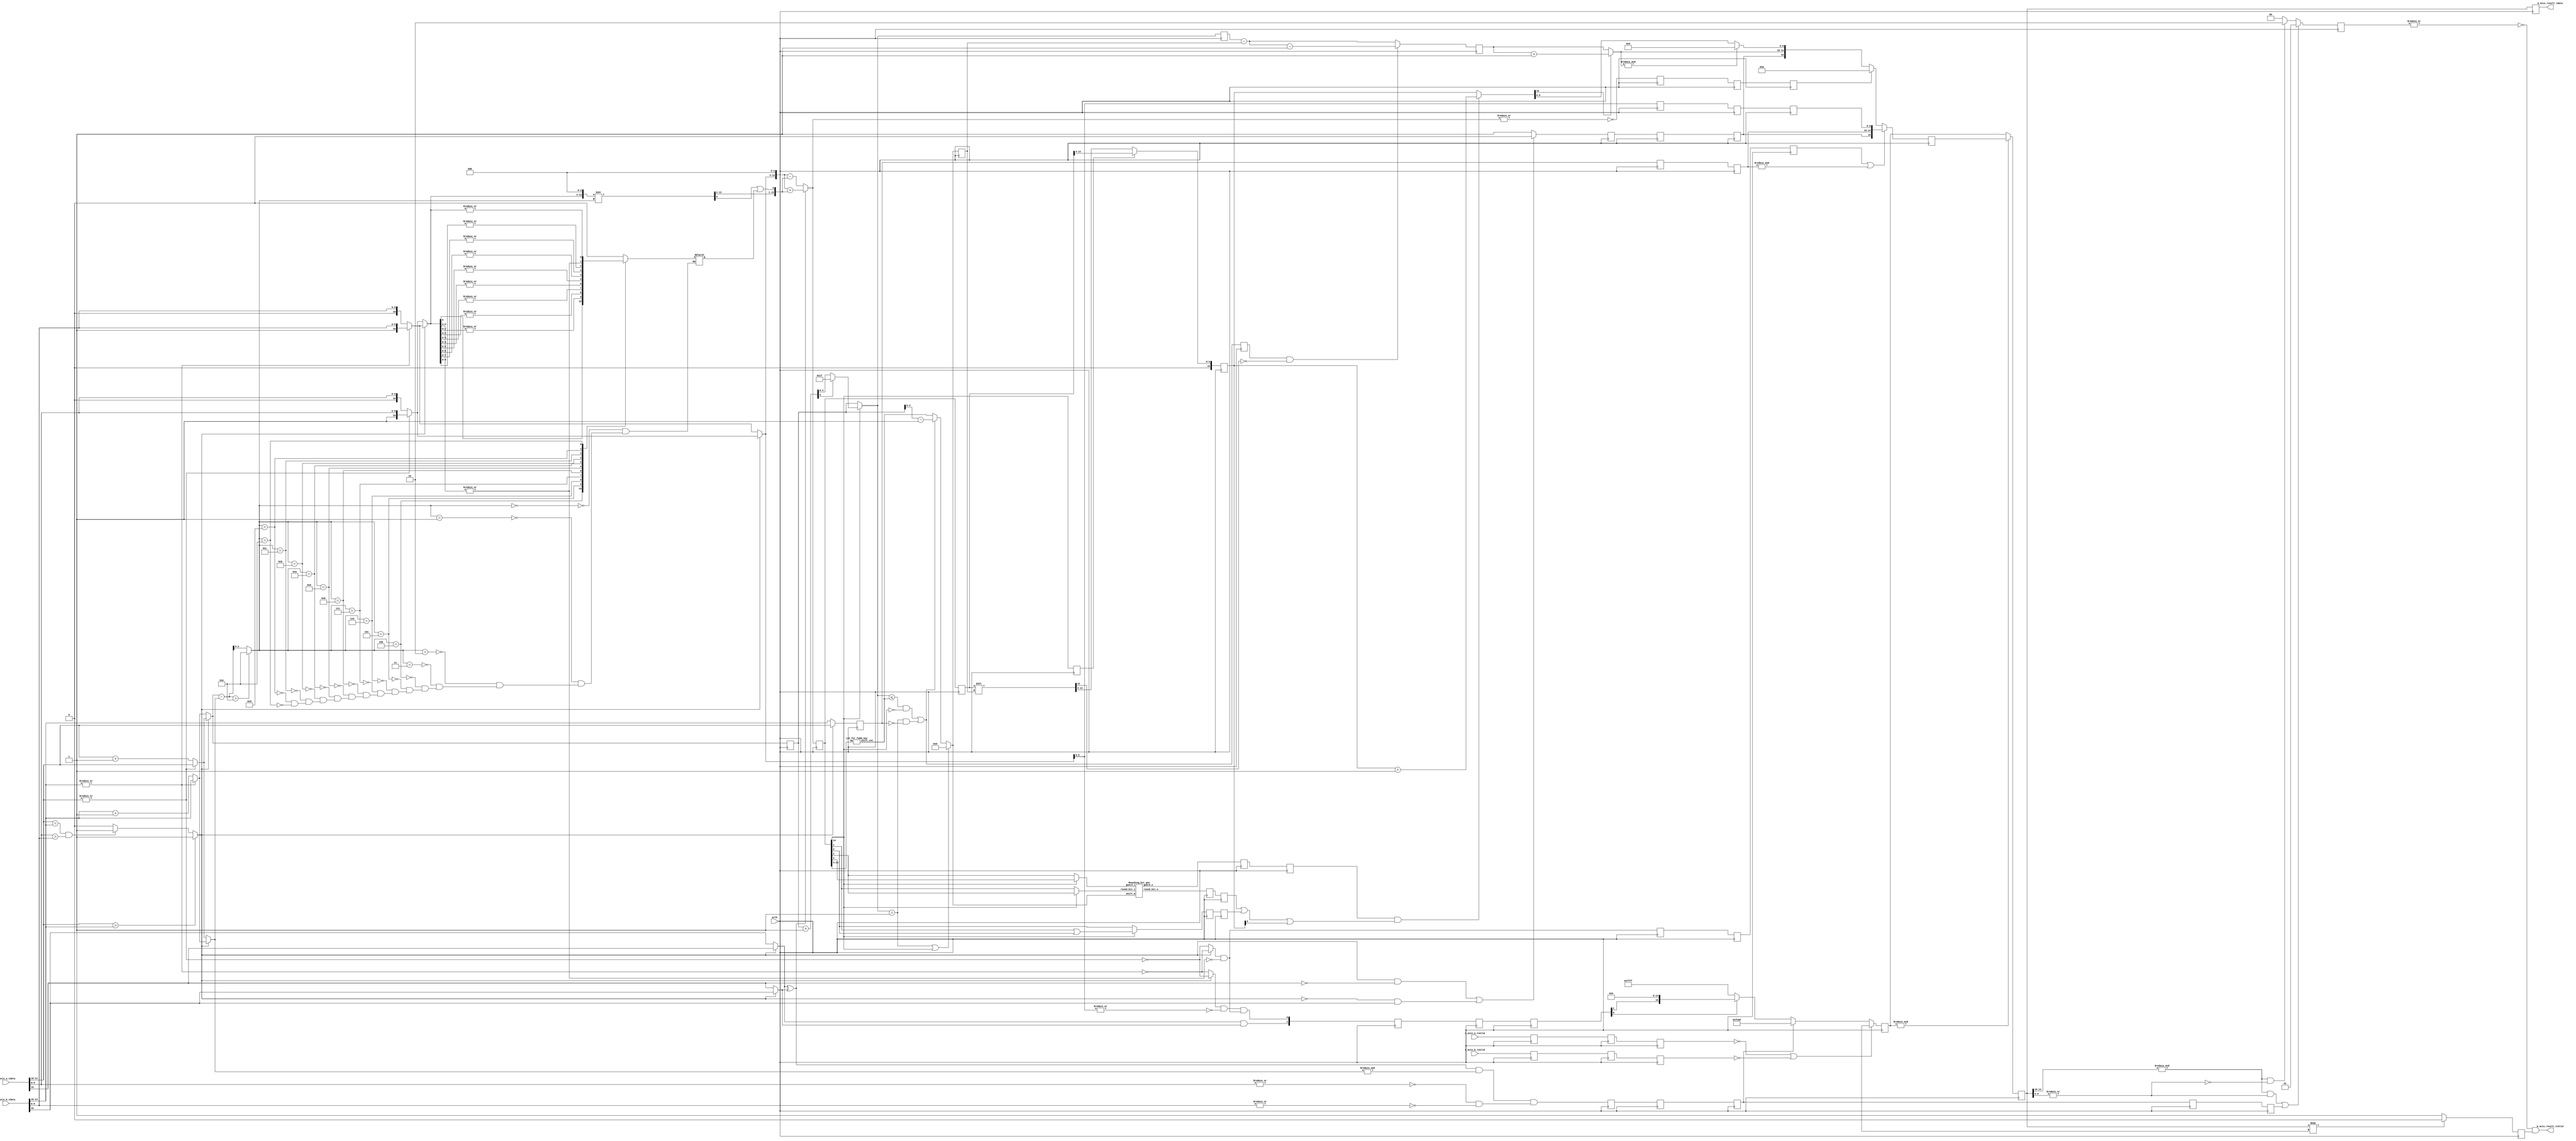
//////////////////////////////////////////////////////////////////////////////////
// Company: 
// 
// Design Name: 
// Module Name: fpu_add
// Project Name: FPU_16
// Target Devices: KCU105
// Tool Versions: 
// Description: 
// 
// Dependencies: 
// 
// Revision:
// Revision 1.01 - File Created
// Additional Comments:
// 
//////////////////////////////////////////////////////////////////////////////////
module fpu_sub_pipe(
    input aclk,
    input [15:0] s_axis_a_tdata,               // input 16-bit float A
    input [15:0] s_axis_b_tdata,               // input 16-bit float B
    input s_axis_a_tvalid,
    input s_axis_b_tvalid,
    output reg [15:0] m_axis_result_tdata,              // output 16-bit float m_axis_result_tdata
    output  m_axis_result_tvalid
    // output reg [1:0] error_num,         // flag to show result non-number, 1 for INF \2 for NAN
    // output reg subnormal_num           // flag to show result subnormal
    );


    // for output check
    reg is_ready_out;
    reg [1:0] error_num;

    // 1-stage pipeline
    reg [14:0] sum_raw_1;
    reg sum_raw_zero_1;
    reg [4:0] l_e_1;
    reg [4:0] l_e_0_1;
    reg [10:0] l_m_1; 
    reg f_s_1;
    reg l_s_1;
    reg is_valid_ain_1, is_valid_bin_1;
    reg [15:0] opa_1, opb_1;
    reg s_zero_1;
    reg [1:0] ls_zero_1;
    reg pos_add_neg_inf_1;

    // 2-stage pipeline
    reg guard_2;
    reg round_bit_2;
    reg sticky_2;
    reg [14:0] sum_raw_2;
    reg sum_raw_zero_2;
    reg [4:0] sum_e_0_2;
    reg [3:0] shift_m_2;
    reg e_subnormal_2;
    reg normalize_flag_2;
    reg [4:0] l_e_0_2;
    reg f_s_2;
    reg l_s_2;
    reg [4:0] l_e_2;
    reg [10:0] l_m_2; 
    reg is_valid_ain_2, is_valid_bin_2;
    reg [15:0] opa_2, opb_2;
    reg s_zero_2;
    reg [1:0] ls_zero_2;
    reg pos_add_neg_inf_2;

    // 3-stage pipeline
    reg guard_3;
    reg round_bit_3;
    reg sticky_3;
    reg [10:0] sum_normalize_3;
    reg [4:0] sum_e_3;
    reg f_s_3;
    reg l_s_3;
    reg [4:0] l_e_0_3;
    reg [10:0] l_m_3; 
    // reg [14:0] sum_raw_3;
    reg sum_raw_zero_3;
    reg is_valid_ain_3, is_valid_bin_3;
    reg [15:0] opa_3, opb_3;
    reg s_zero_3;
    reg [1:0] ls_zero_3;
    reg pos_add_neg_inf_3;

    // ===================================
    // distribute sign/exponent/mantissa
    wire opa_s;
    wire opb_s;
    wire [4:0] opa_e;
    wire [4:0] opb_e;
    wire [4:0] opa_e_s;
    wire [4:0] opb_e_s;
    wire [10:0] opa_m;
    wire [10:0] opb_m;
    wire subnormal_a;
    wire subnormal_b;
    wire is_valid_ain_0;
    wire is_valid_bin_0;
    wire [15:0] opa_0;
    wire [15:0] opb_0;

    assign opa_s = s_axis_a_tdata[15];
    assign opb_s = s_axis_b_tdata[15];
    // check subnormal number
    assign subnormal_a = ~(|opa_e);
    assign subnormal_b = ~(|opb_e);
    assign opa_e = s_axis_a_tdata[14:10];
    assign opb_e = s_axis_b_tdata[14:10];
    assign opa_e_s = subnormal_a ? opa_e + 1 : opa_e;
    assign opb_e_s = subnormal_b ? opb_e + 1 : opb_e;
    assign opa_m = subnormal_a ? {1'b0, s_axis_a_tdata[9:0]} : {1'b1, s_axis_a_tdata[9:0]};
    assign opb_m = subnormal_b ? {1'b0, s_axis_b_tdata[9:0]} : {1'b1, s_axis_b_tdata[9:0]};
    assign is_valid_ain_0 = s_axis_a_tvalid;
    assign is_valid_bin_0 = s_axis_b_tvalid;
    assign opa_0 = s_axis_a_tdata;
    assign opb_0 = s_axis_b_tdata;

    // find s_axis_a_tdata large than s_axis_b_tdata
    wire opa_lt_opb = (opa_e > opb_e) ? 1 : ((opa_e == opb_e) && (s_axis_a_tdata[9:0] > s_axis_b_tdata[9:0])) ? 1 : 0;
    
    wire f_s = ((opa_lt_opb && ~opa_s) || (~opa_lt_opb && opb_s)) ? 0 : 1; 
    wire l_s = opa_lt_opb ? opa_s : opb_s;
    wire s_s = opa_lt_opb ? opb_s : opa_s;
    wire l_subnormal = opa_lt_opb ? subnormal_a : subnormal_b;
    wire s_subnormal = opa_lt_opb ? subnormal_b : subnormal_a;
    wire [4:0] l_e_0 = opa_lt_opb ? opa_e : opb_e;
    wire [4:0] s_e_0 = opa_lt_opb ? opb_e : opa_e;
    wire [4:0] l_e = opa_lt_opb ? opa_e_s : opb_e_s;
    wire [4:0] s_e = opa_lt_opb ? opb_e_s : opa_e_s;
    wire [10:0] l_m = opa_lt_opb ? opa_m : opb_m;
    wire [10:0] s_m = opa_lt_opb ? opb_m : opa_m;
    wire s_zero = s_subnormal && ~(|s_m[9:0]);
    wire [1:0] ls_zero = { l_s && s_s, (l_subnormal && ~(|l_m[9:0])) && s_zero };
    wire pos_add_neg_inf = (l_s ^ s_s) && (&s_e) && (~(|s_axis_a_tdata[9:0])&&~(|s_axis_b_tdata[9:0])); 

    wire [4:0] diff = l_e - s_e;
    wire [3:0] diff_e = diff > 4'd14 ? 4'd14 : diff;

    wire [13:0] s_m_shift_0 = {s_m, 3'b0};

    // sticky portion obtain
    reg sticky;
    always@(*)begin
        case(diff_e)
        00: sticky = 1'b0;
        01: sticky = s_m_shift_0[0];
        02: sticky = |s_m_shift_0[01:0];
        03: sticky = |s_m_shift_0[02:0];
        04: sticky = |s_m_shift_0[03:0];
        05: sticky = |s_m_shift_0[04:0];
        06: sticky = |s_m_shift_0[05:0];
        07: sticky = |s_m_shift_0[06:0];
        08: sticky = |s_m_shift_0[07:0];
        09: sticky = |s_m_shift_0[08:0];
        10: sticky = |s_m_shift_0[09:0];
        11: sticky = |s_m_shift_0[10:0];
        12: sticky = |s_m_shift_0[11:0];
        13: sticky = |s_m_shift_0[12:0];
        14: sticky = |s_m_shift_0[13:0];
        endcase
    end

    wire [13:0] s_m_shift_1 = s_m_shift_0 >> diff_e;
    wire [13:0] s_m_shift = {s_m_shift_1[13:1], s_m_shift_1[0] | sticky};

    // whether add or sub, for 0\1 in sign bit
    wire sub_add_flag = s_s ^ l_s;

    wire [13:0] l_m_longer = {l_m, 3'b0};

    wire [14:0] sum_raw = sub_add_flag ? l_m_longer + s_m_shift : l_m_longer - s_m_shift;
    wire sum_raw_zero = ~(|sum_raw);
    // 1-stage pipeline
    // =======================================================================================
    wire normalize_flag = sum_raw_1[14];

    wire [5:0] e_right_shift = l_e_1 + 1;   
    wire [4:0] sum_e_right = e_right_shift[5] ? 5'b11111 : e_right_shift[4:0];
    wire [4:0] sum_e_0 = normalize_flag ? sum_e_right : l_e_1; 
    wire [10:0] sum_for_normalize = normalize_flag ? sum_raw_1[13:4] : sum_raw_1[12:3];
    
    // left normalization
    wire [3:0] shift_m_0;
    LZC_for_fadd_new U0_shift_module(sum_raw_1[13:3], shift_m_0);
    
    // original rounding bits
    wire guard_0 = normalize_flag ? sum_raw_1[3] : sum_raw_1[2];
    wire round_bit_0 = normalize_flag ? sum_raw_1[2] : sum_raw_1[1];
    wire sticky_n_0 = normalize_flag ? (sum_raw_1[1] | sum_raw_1[0]) : sum_raw_1[0];
    
    // check first time subnormal result
    wire e_subnormal = (sum_e_0 <= shift_m_0 && ~normalize_flag) || (sum_e_0==1 && l_e_0_1==0);
    wire [3:0] shift_m = (sum_e_0 == 1 || normalize_flag) ? 0 : 
                        e_subnormal ? l_e_1 - 1 : shift_m_0;

    // obtain final rounding bits    
    wire guard;
    wire round_bit;
    Rounding_bit_gen U0_rounding_module(shift_m, guard_0, round_bit_0, guard, round_bit);

    // 2-stage pipeline
    // ====================================================================================== 
    wire [14:0] sum_normalize_00 = sum_raw_2 << shift_m_2;
    wire [10:0] sum_normalize_0 = normalize_flag_2 ? sum_raw_2[13:4] : sum_normalize_00[12:3];
    wire [4:0] sum_e = (e_subnormal_2 && ~sum_normalize_00[13])? sum_e_0_2 - shift_m_2 - 1 : sum_e_0_2 - shift_m_2;

    // =======================================================================================
    // 3-stage pipeline
    // final calculation
    wire [10:0] sum_m = (guard_3 && (round_bit_3 | sticky_3 | sum_normalize_3[0])) ? sum_normalize_3 + 1 :
                                                                                sum_normalize_3;
    wire [4:0] sum_e_f = sum_m[10] ? sum_e_3 + 1 : sum_e_3;

    reg [15:0] sum_f;
    reg [15:0] sum_ff;
    reg [4:0] sum_e_ff;
    reg pos_add_neg_inf_ff;
    always@(posedge aclk)begin
        sum_f <= (~is_valid_ain_3 | ~is_valid_bin_3) ? 16'bx:
            pos_add_neg_inf_3 ? 16'hfe00 :
            ls_zero_3[0] ? {ls_zero_3[1], 15'b0} : 16'hffff;
        sum_ff <= s_zero_3 | (&l_e_0_3) ? {f_s_3, l_e_0_3, l_m_3[9:0]} : 
            sum_raw_zero_3 ? 16'b0 :
            &sum_e_f ? {f_s_3, sum_e_f, 10'b0} : {f_s_3, sum_e_f, sum_m[9:0]};     
        sum_e_ff <= sum_e_f;   
        pos_add_neg_inf_ff <= pos_add_neg_inf_3;
    end
    
    // =======================================================================
    reg [15:0] sum_fff;
    reg [15:0] sum_e_fff;
    reg pos_add_neg_inf_fff;
    always@(posedge aclk)begin
        sum_fff <= &sum_f ? sum_ff : sum_f;
        sum_e_fff <= sum_e_ff;
        pos_add_neg_inf_fff <= pos_add_neg_inf_ff;
    end

    always@(posedge aclk)begin
        m_axis_result_tdata <= sum_fff;
        // subnormal_num <= ~(|sum_e_fff) && (|sum_fff[9:0]);
        if (&(sum_fff === 16'bx))begin
            is_ready_out <= 0;
        end
        else begin
            is_ready_out <= 1;
        end
        error_num <= (&(sum_fff[14:10]) && |(sum_fff[9:0])) | pos_add_neg_inf_fff ? 1:(&(sum_fff[14:10]) && ~(|sum_fff[9:0])) ? 2:0;
        // m_axis_result_tvalid <= ~(|error_num) && is_ready_out;
    end
    
    assign m_axis_result_tvalid = ~(|error_num) && is_ready_out;


    always@(posedge aclk)begin
        l_e_1 <= l_e;
        l_e_0_1 <= l_e_0;
        l_m_1 <= l_m;
        l_s_1 <= l_s;
        f_s_1 <= f_s;
        sum_raw_1 <= sum_raw;
        sum_raw_zero_1 <= sum_raw_zero;
        is_valid_ain_1 <= is_valid_ain_0;
        is_valid_bin_1 <= is_valid_bin_0;
        opa_1 <= opa_0;
        opb_1 <= opb_0;
        s_zero_1 <= s_zero;
        ls_zero_1 <= ls_zero;
        pos_add_neg_inf_1 <= pos_add_neg_inf;
    end

    always@(posedge aclk)begin
        sum_raw_2 <= sum_raw_1;
        sum_raw_zero_2 <= sum_raw_zero_1;
        sum_e_0_2 <= sum_e_0;
        guard_2 <= guard;
        round_bit_2 <= round_bit;
        sticky_2 <= sticky_n_0;
        shift_m_2 <= shift_m;
        e_subnormal_2 <= e_subnormal;
        normalize_flag_2 <= normalize_flag;
        l_e_0_2 <= l_e_0_1;
        l_s_2 <= l_s_1;
        f_s_2 <= f_s_1;
        l_e_2 <= l_e_1;
        l_m_2 <= l_m_1;
        is_valid_ain_2 <= is_valid_ain_1;
        is_valid_bin_2 <= is_valid_bin_1;
        opa_2 <= opa_1;
        opb_2 <= opb_1;
        s_zero_2 <= s_zero_1;
        ls_zero_2 <= ls_zero_1;
        pos_add_neg_inf_2 <= pos_add_neg_inf_1;             
    end

    always@(posedge aclk)begin
        guard_3 <= guard_2;
        round_bit_3 <= round_bit_2;
        sticky_3 <= sticky_2;
        sum_normalize_3 <= sum_normalize_0;
        sum_raw_zero_3 <= sum_raw_zero_2;
        sum_e_3 <= sum_e;
        l_s_3 <= l_s_2;
        f_s_3 <= f_s_2;
        l_e_0_3 <= l_e_0_2;
        l_m_3 <= l_m_2;
        is_valid_ain_3 <= is_valid_ain_2;
        is_valid_bin_3 <= is_valid_bin_2;
        opa_3 <= opa_2;
        opb_3 <= opb_2;
        s_zero_3 <= s_zero_2;
        ls_zero_3 <= ls_zero_2;
        pos_add_neg_inf_3 <= pos_add_neg_inf_2;        
    end
endmodule


// left shift until the highest bit equal to 1
module LZC_for_fadd_new(
    input wire [10:0] op,
    output wire [3:0] shift_cnt
    );
    assign shift_cnt =
    op[10] ? 0 :
    op[9] ? 1 :
    op[8] ? 2 :
    op[7] ? 3 :
    op[6] ? 4 :
    op[5] ? 5 :
    op[4] ? 6 :
    op[3] ? 7 :
    op[2] ? 8 :
    op[1] ? 9 :
    op[0] ? 10:
    11;
endmodule


module Rounding_bit_gen(
    input wire [3:0] shift_m,
    input wire guard_i,
    input wire round_bit_i,
    output wire guard_o,
    output wire round_bit_o
    );
    reg guard;
    reg round_bit;

    always@(*)begin
        case(shift_m)
        0: begin 
            guard = guard_i; 
            round_bit = round_bit_i;
        end
        1: begin
            guard = round_bit_i;
            round_bit = 0;
        end
        default: begin
            guard = 0;
            round_bit = 0;
        end
        endcase
    end

    assign guard_o = guard;
    assign round_bit_o = round_bit;

endmodule